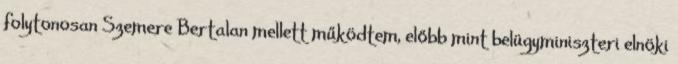
folytonosan Szemere Bertalan mellett működtem, előbb mint belügyminiszteri elnöki